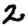
Digit: 2